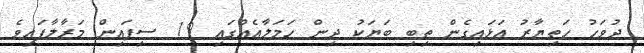
ދުވަހު ހަތިޔާރު އަޅައިގެން ތިބި ބަޔަކު ދިން ހަމަލާއެއްގައި 19 ސިފައިން މަރާލާފައިވެ